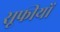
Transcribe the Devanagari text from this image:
सूफीयों